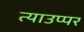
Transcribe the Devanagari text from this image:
त्याउप्पर